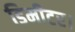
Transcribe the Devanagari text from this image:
डिमीटर।